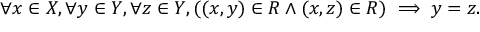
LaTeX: \forall x \in X , \forall y \in Y , \forall z \in Y , ( ( x , y ) \in R \land ( x , z ) \in R ) \implies y = z .